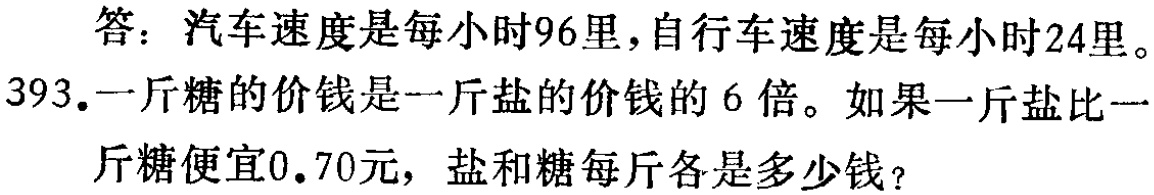
答：汽车速度是每小时96里,自行车速度是每小时24里。
393.一斤糖的价钱是一斤盐的价钱的6倍。如果一斤盐比一
斤糖便宜0.70元，盐和糖每斤各是多少钱？